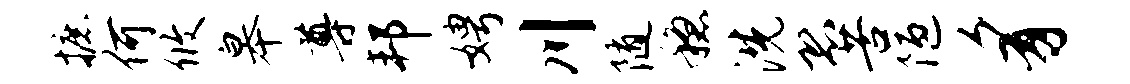
摭何攸皋尊邦娉川随稳洗恐苦陋豸